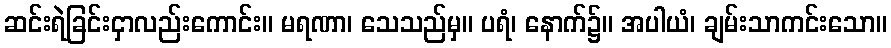
ဆင်းရဲခြင်းငှာလည်းကောင်း။ မရဏာ၊ သေသည်မှ။ ပရံ၊ နောက်၌။ အပါယံ၊ ချမ်းသာကင်းသော။